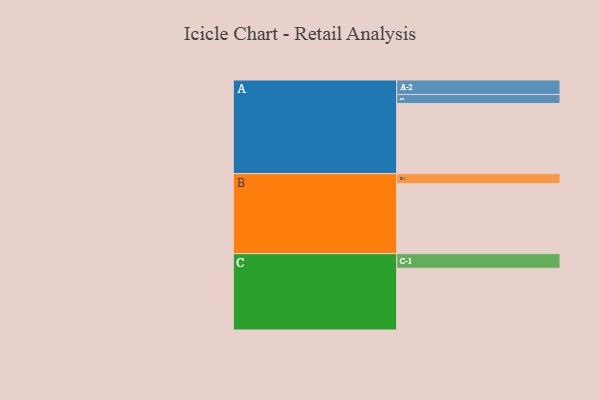
{"axis": {"x": "Segment", "y": "Value"}, "legend": ["", "A", "B", "C"], "data": [{"x": "A", "y": 513, "type": ""}, {"x": "B", "y": 512, "type": ""}, {"x": "C", "y": 452, "type": ""}, {"x": "A-1", "y": 66, "type": "A"}, {"x": "A-2", "y": 106, "type": "A"}, {"x": "B-1", "y": 74, "type": "B"}, {"x": "C-1", "y": 107, "type": "C"}]}